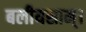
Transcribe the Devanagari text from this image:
बलीयसाम्।